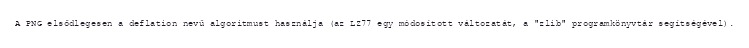
A PNG elsődlegesen a deflation nevű algoritmust használja (az LZ77 egy módosított változatát, a "zlib" programkönyvtár segítségével).